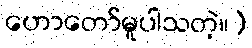
ဟောတော်မူပါသတဲ့။)